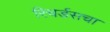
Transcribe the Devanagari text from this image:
रिचर्डसचा